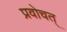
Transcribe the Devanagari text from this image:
प्रवोचत्